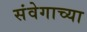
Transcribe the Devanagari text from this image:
संवेगाच्या